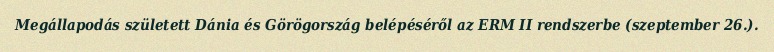
Megállapodás született Dánia és Görögország belépéséről az ERM II rendszerbe (szeptember 26.).